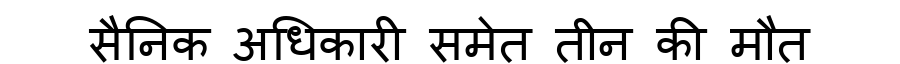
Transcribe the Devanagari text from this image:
सैनिक अधिकारी समेत तीन की मौत